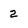
Character: 2